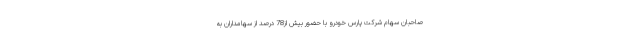
صاحبان سهام شرکت پارس خودرو با حضور بیش از78 درصد از سهامداران به